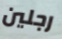
رجلين